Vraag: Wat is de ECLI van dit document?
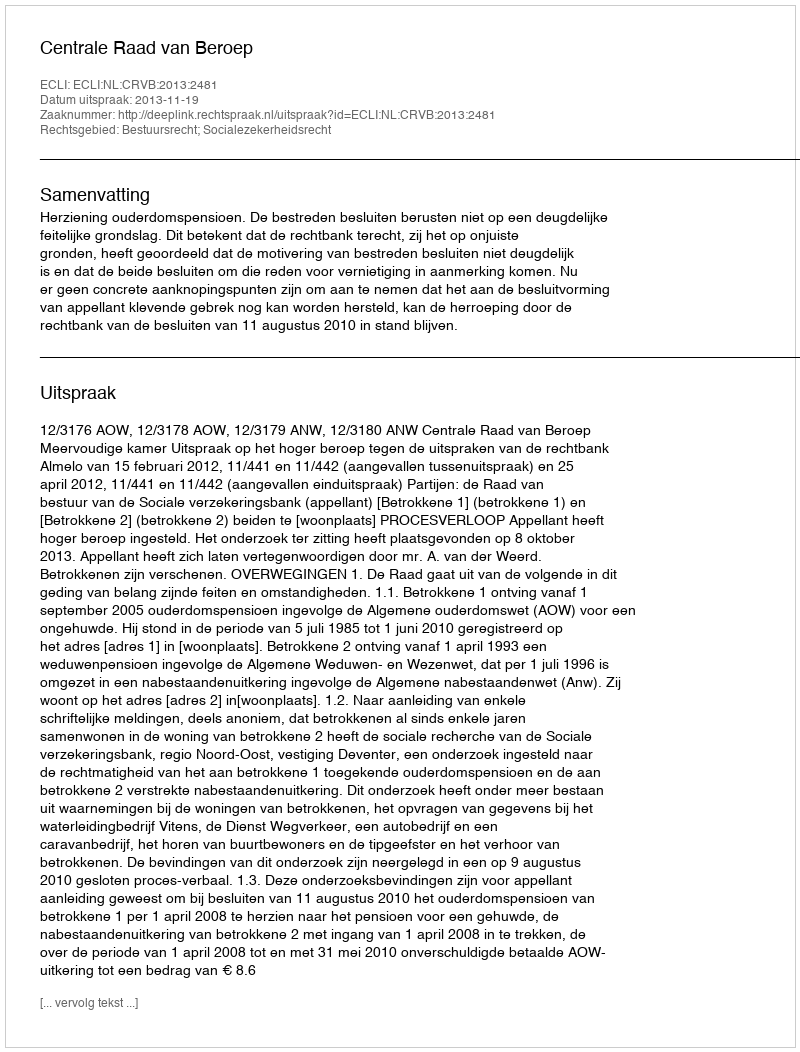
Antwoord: ECLI:NL:CRVB:2013:2481